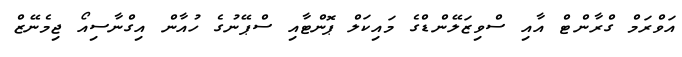
އަވްރަމް ގްރާންޓް އާއި ސްވިޒަލޭންޑްގެ މައިކަލް ޕޮންޓާއި ސްޕޭނުގެ ހުއާން އިގްނާސިއޯ ޖިމެނޭޒް